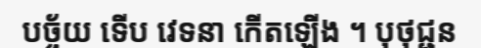
បច្ច័យ ទើប វេទនា កើតឡើង ។ បុថុជ្ជន